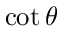
\cot \theta